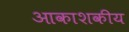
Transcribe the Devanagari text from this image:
आकाशकीय